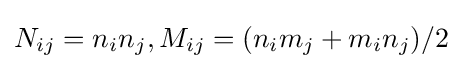
N_{ij}=n_{i}n_{j},M_{ij}=(n_{i}m_{j}+m_{i}n_{j})/2